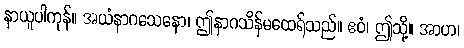
နာယူပါကုန်။ အယံနာဂသေနော၊ ဤနာဂသိန်မထေရ်သည်။ ဧဝံ၊ ဤသို့။ အာဟ၊